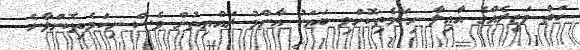
ހަތް ވަޒީރެއްގެ އާއިލާ ނިކަމެތިކޮށްލި ބަޔަކު އާންމު ރައްޔިތުން ވެސް ނިކަމެތިކޮށްލާނެ